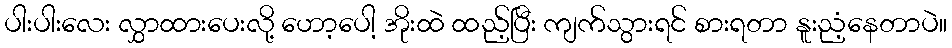
ပါးပါးလေး လွှာထားပေးလို့ ဟော့ပေါ့ အိုးထဲ ထည့်ပြီး ကျက်သွားရင် စားရတာ နူးညံ့နေတာပဲ။